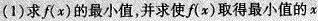
(1)求f(x)的最小值，并求使f(x)取得最小值的x